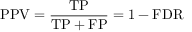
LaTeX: \mathrm { P P V } = { \frac { \mathrm { T P } } { \mathrm { T P } + \mathrm { F P } } } = 1 - \mathrm { F D R }